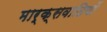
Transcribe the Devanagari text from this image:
मार्क्सवादियों